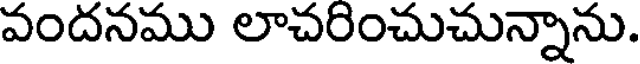
వందనము లాచరించుచున్నాను.